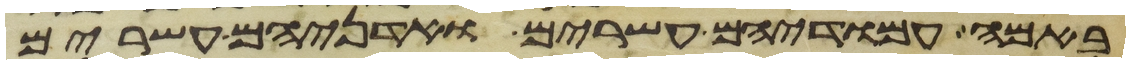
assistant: באמה עמודיהם עשרים ואדניהם עשרים